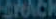
SPACK